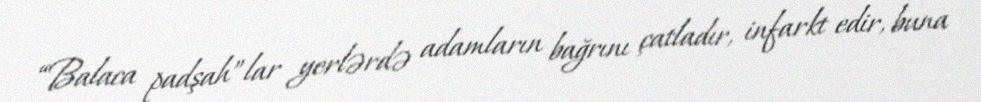
“Balaca padşah”lar yerlərdə adamların bağrını çatladır, infarkt edir, buna